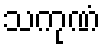
သကုဏံ